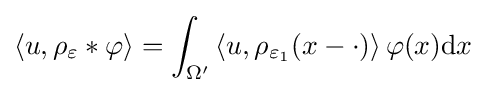
\left\langle u,\rho _{\varepsilon }*\varphi \right\rangle =\int _{\Omega ^{\prime }}\left\langle u,\rho _{\varepsilon _{1}}(x-\cdot )\right\rangle \varphi (x)\mathrm {d} x